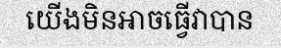
យើងមិនអាចធ្វើវាបាន